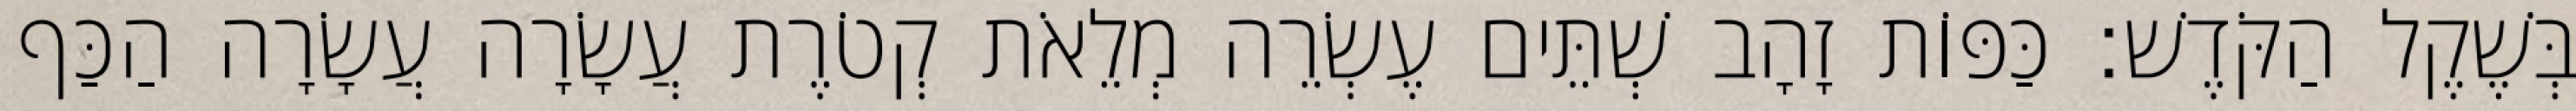
בְּשֶׁקֶל הַקֹּדֶשׁ׃ כַּפּוֹת זָהָב שְׁתֵּים עֶשְׂרֵה מְלֵאֹת קְטֹרֶת עֲשָׂרָה עֲשָׂרָה הַכַּף